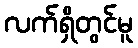
လက်ရှိတွင်မူ